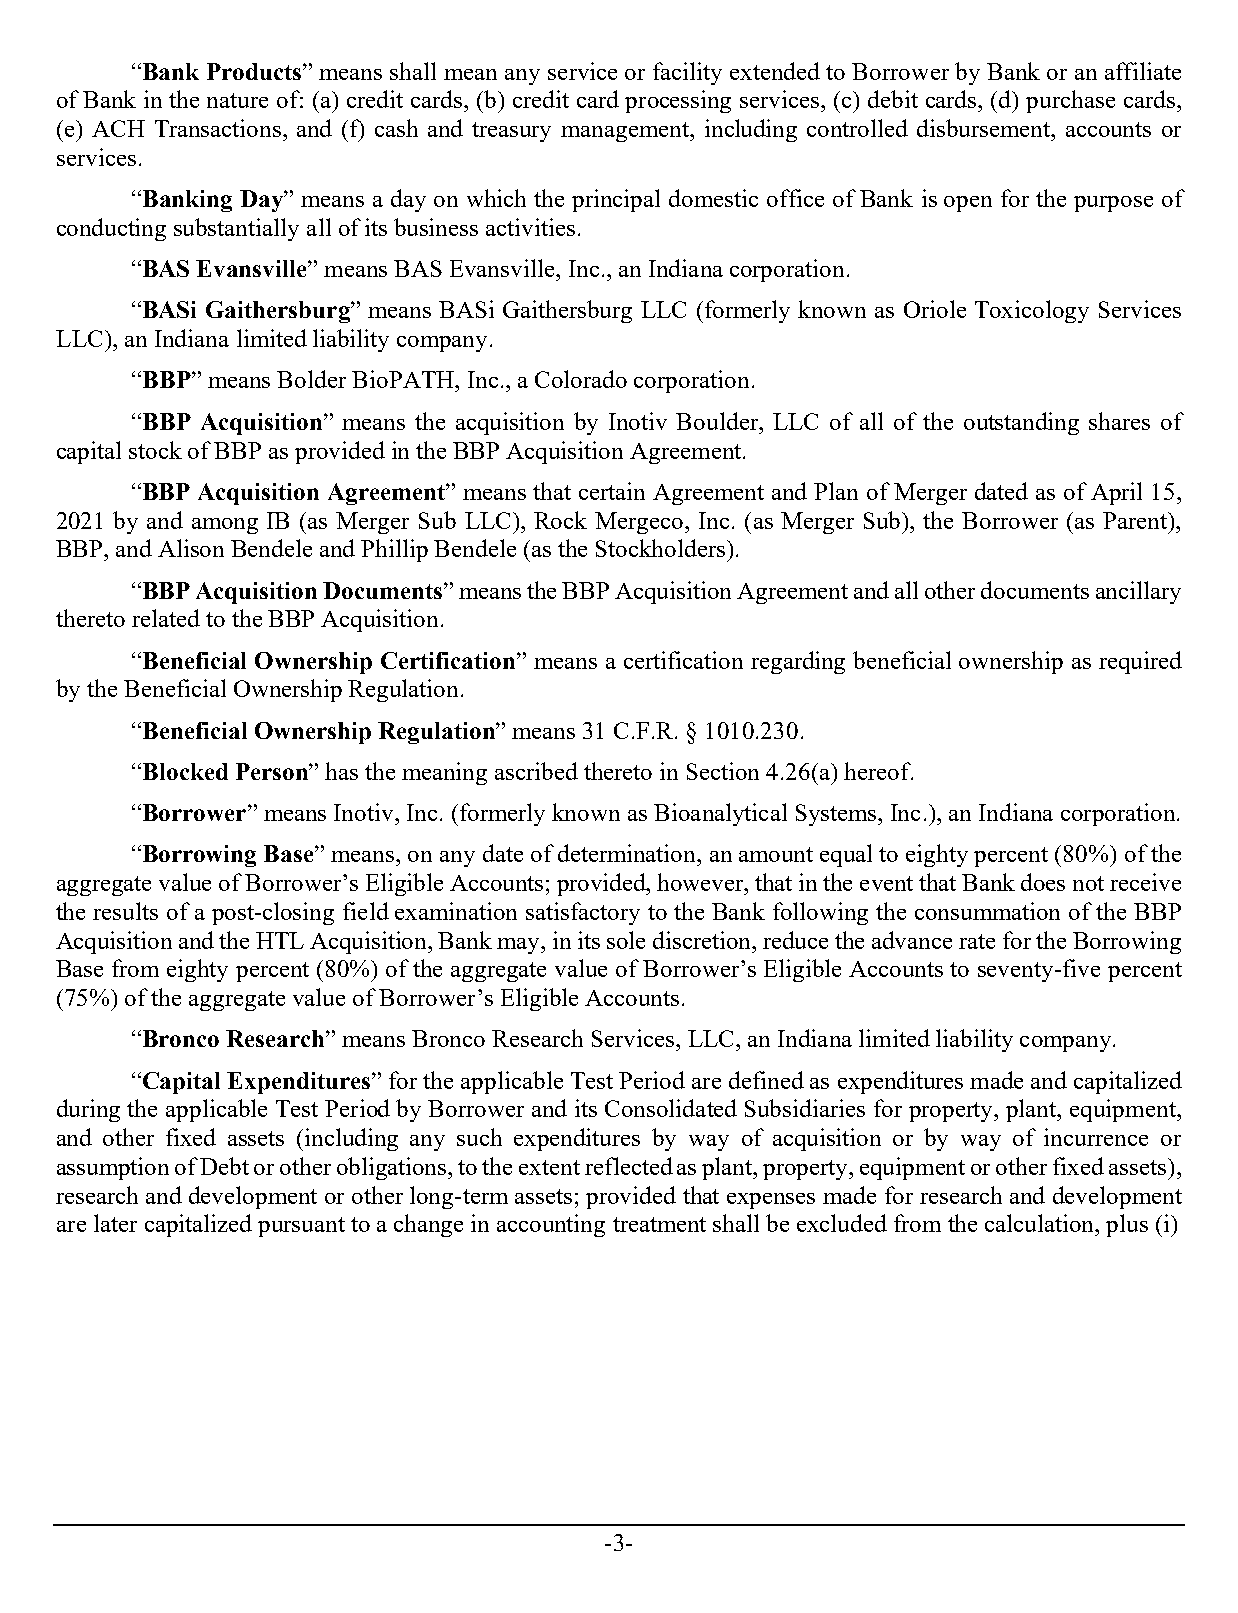
“Bank Products” means shall mean any service or facility extended to Borrower by Bank or an affiliate
 of Bank in the nature of: (a) credit cards, (b) credit card processing services, (c) debit cards, (d) purchase cards,
 (e) ACH Transactions, and (f) cash and treasury management, including controlled disbursement, accounts or
 services.
 “Banking Day” means a day on which the principal domestic office of Bank is open for the purpose of
 conducting substantially all of its business activities.
 “BAS Evansville” means BAS Evansville, Inc., an Indiana corporation.
 “BASi Gaithersburg” means BASi Gaithersburg LLC (formerly known as Oriole Toxicology Services
 LLC), an Indiana limited liability company.
 “BBP” means Bolder BioPATH, Inc., a Colorado corporation.
 “BBP Acquisition” means the acquisition by Inotiv Boulder, LLC of all of the outstanding shares of
 capital stock of BBP as provided in the BBP Acquisition Agreement.
 “BBP Acquisition Agreement” means that certain Agreement and Plan of Merger dated as of April 15,
 2021 by and among IB (as Merger Sub LLC), Rock Mergeco, Inc. (as Merger Sub), the Borrower (as Parent),
 BBP, and Alison Bendele and Phillip Bendele (as the Stockholders).
 “BBP Acquisition Documents” means the BBP Acquisition Agreement and all other documents ancillary
 thereto related to the BBP Acquisition.
 “Beneficial Ownership Certification” means a certification regarding beneficial ownership as required
 by the Beneficial Ownership Regulation.
 “Beneficial Ownership Regulation” means 31 C.F.R. § 1010.230.
 “Blocked Person” has the meaning ascribed thereto in Section 4.26(a) hereof.
 “Borrower” means Inotiv, Inc. (formerly known as Bioanalytical Systems, Inc.), an Indiana corporation.
 “Borrowing Base” means, on any date of determination, an amount equal to eighty percent (80%) of the
 aggregate value of Borrower’s Eligible Accounts; provided, however, that in the event that Bank does not receive
 the results of a post-closing field examination satisfactory to the Bank following the consummation of the BBP
 Acquisition and the HTL Acquisition, Bank may, in its sole discretion, reduce the advance rate for the Borrowing
 Base from eighty percent (80%) of the aggregate value of Borrower’s Eligible Accounts to seventy-five percent
 (75%) of the aggregate value of Borrower’s Eligible Accounts.
 “Bronco Research” means Bronco Research Services, LLC, an Indiana limited liability company.
 “Capital Expenditures” for the applicable Test Period are defined as expenditures made and capitalized
 during the applicable Test Period by Borrower and its Consolidated Subsidiaries for property, plant, equipment,
 and other fixed assets (including any such expenditures by way of acquisition or by way of incurrence or
 assumption of Debt or other obligations, to the extent reflected as plant, property, equipment or other fixed assets),
 research and development or other long-term assets; provided that expenses made for research and development
 are later capitalized pursuant to a change in accounting treatment shall be excluded from the calculation, plus (i)
 -3-